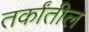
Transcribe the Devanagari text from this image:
तर्कांतील